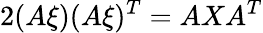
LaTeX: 2(A\xi)(A\xi)^{T}=AXA^{T}